Indian Civil Veterinary Department memoirs
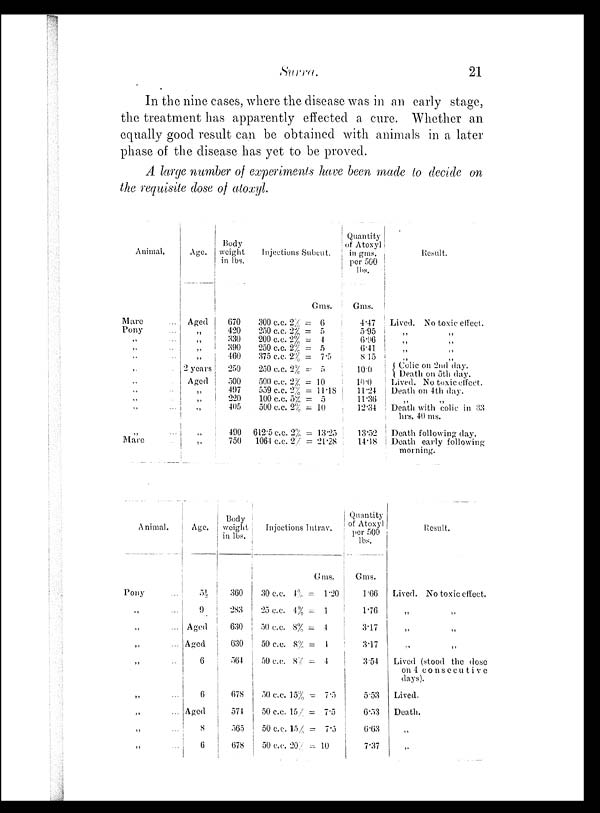
Surra.
21
In the nine cases, where the disease was in an early stage,
the treatment has apparently effected a cure. Whether an
equally good result can be obtained with animals in a later
phase of the disease has yet to be proved.
A large number of experiments have been made to decide on
the requisite dose of atoxyl.
Animal.
Mare ...
Pony ...
„ ...
„ ...
„ ...
„ ...
„ ...
„ ...
„ ...
„ ...
„ ...
Mare ...
Age.
Aged
„
„
„
„
2 years
Aged
„
„
„
„
„
Body
weight
in lbs.
670
420
330
390
460
250
500
497
220
405
490
750
Injections Subcut.
Gms.
300 c.c. 2% = 6
250 c.c. 2% = 5
200 c.c. 2% = 4
250 c.c. 2% = 5
375 c.c. 2% = 7.5
250 c.c. 2% = 5
500 c.c. 2% = 10
559 c.c. 2% = 11.18
100 c.c. 5% = 5
500 c.c. 2% = 10
612.5 c.c. 2% = 13.25
1064 c.c. 2% = 21.28
Quantity
of Atoxyl
in gms.
per 500
lbs.
Gms.
4.47
5.95
6.06
6.41
8.15
10.0
10.0
11.24
11.36
12.34
13.52
14.18
Result.
Lived. No toxic effect.
„
„
„ „
„ „
„ „
Colic on 2nd day.
Death on 5th day.
Lived. No toxic effect.
Death on 4th day.
„ „
1 Death with colic in 33
hrs. 40 ms.
Death following day.
Death early following
morning.
Animal.
Pony ...
„ ...
„ ...
„ ...
„ ...
„ ...
„ ...
„ ...
„ ...
Age.
5½
9
Aged
Aged
6
6
Aged
8
6
Body
weight
in lbs.
360
283
630
630
564
678
574
565
678
Injections Intrav.
Gms.
30 c.c. 4% = 1.20
25 c.c. 4% = 1
50 c.c. 8% = 4
50 c.c. 8% = 4
50 c.c. 8% = 4
50 c.c. 15% = 7.5
50 c.c. 15% = 7.5
50 c.c. 15% = 7.5
50 c.c. 20% = 10
Quantity
of Atoxyl
per 500
lbs.
Gms.
1.66
1.76
3.17
3.17
3.54
5.53
6.53
6.63
7.37
Result.
Lived. No toxic effect.
„ „
„ „
„ „
Lived (stood the dose
on 4 consecutive
days).
Lived.
Death.
„
„